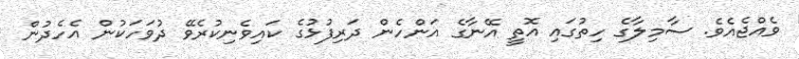
ވެއްޖެއެވެ. ސާމިލާގެ ހިތުގައި އޮތީ އޭނާގެ އަންހެން ދަރިފުޅުގެ ކައިވެނިކުރެވޭ ދުވަހަކުން އެހެދުން